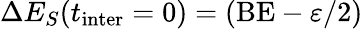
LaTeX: \Delta E_{S}(t_{\textrm{inter}}=0)=(\textrm{BE}-\varepsilon/2)